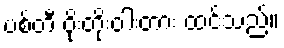
ပစ်တီ ဝိုးတိုးဝါးတား ထင်သည်။